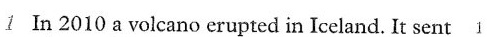
1 In 2010 a volcano erupted in Iceland. It sent 1